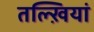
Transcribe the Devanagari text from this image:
तल्ख़ियां